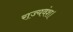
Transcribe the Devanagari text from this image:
राज्यवंश।